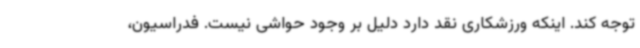
توجه کند. اینکه ورزشکاری نقد دارد دلیل بر وجود حواشی نیست. فدراسیون،